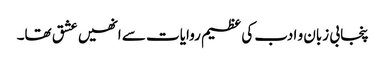
پنجابی زبان و ادب کی عظیم روایات سے انھیں عشق تھا۔